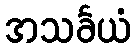
အသင်္ခယံ